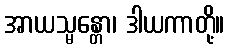
အာယသ္မန္တော၊ ဒါယကာတို့။